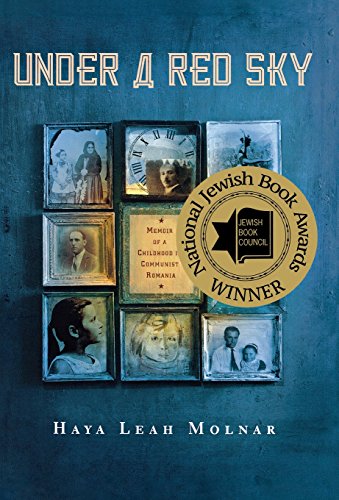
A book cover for Under a Red Sky: Memoir of a Childhood in Communist Romania; Haya Leah Molnar; Teen & Young Adult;